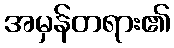
အမှန်တရား၏